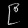
Digit: ၉